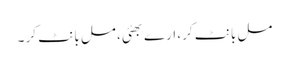
مل بانٹ کر، ارے بھئی، مل بانٹ کر ۔